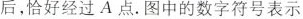
后，恰好经过A点，图中的数字符号表示